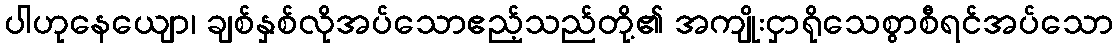
ပါဟုနေယျော၊ ချစ်နှစ်လိုအပ်သောဧည့်သည်တို့၏ အကျိုးငှာရိုသေစွာစီရင်အပ်သော